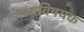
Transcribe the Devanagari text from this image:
तथ्यविषयक